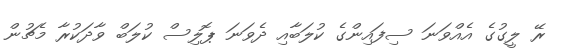
ރޭ ލީގުގެ އެއްވަނަ ސިފައިންގެ ކުލަބާއި ދެވަނަ ޕޮލިސް ކުލަބް ވާދަކުރާ މެޗުން